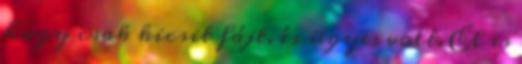
hogy csak kicsit fájt, és ügyes volt. El is